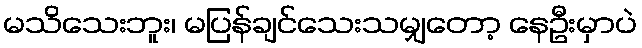
မသိသေးဘူး၊ မပြန်ချင်သေးသမျှတော့ နေဦးမှာပဲ